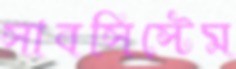
সাবসিস্টেম